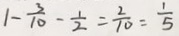
1 - \frac { 3 } { 1 0 } - \frac { 1 } { 2 } = \frac { 2 } { 1 0 } = \frac { 1 } { 5 }